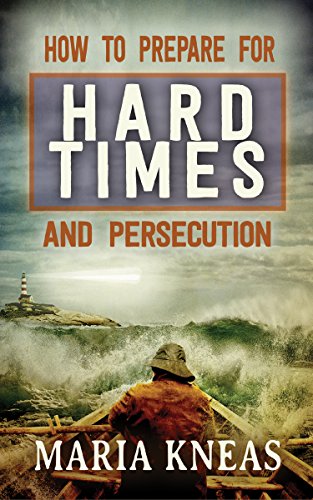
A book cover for How to Prepare for Hard Times and Persecution; Maria Kneas; Religion & Spirituality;